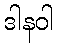
ဒါနဝါ